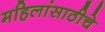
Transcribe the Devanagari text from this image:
महिलांसाठीचे